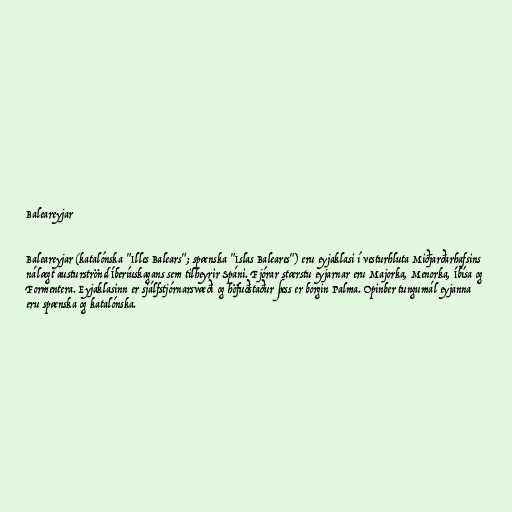
Baleareyjar

Baleareyjar (katalónska "Illes Balears"; spænska "Islas Baleares") eru eyjaklasi í vesturhluta Miðjarðarhafsins
nálægt austurströnd Íberíuskagans sem tilheyrir Spáni. Fjórar stærstu eyjarnar eru Majorka, Menorka, Íbísa og
Formentera. Eyjaklasinn er sjálfstjórnarsvæði og höfuðstaður þess er borgin Palma. Opinber tungumál eyjanna
eru spænska og katalónska.